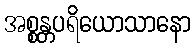
အစ္စန္တပရိယောသာနော